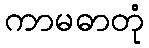
ကာမဓာတုံ